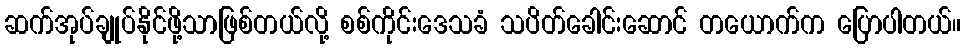
ဆက်အုပ်ချုပ်နိုင်ဖို့သာဖြစ်တယ်လို့ စစ်ကိုင်းဒေသခံ သပိတ်ခေါင်းဆောင် တယောက်က ပြောပါတယ်။